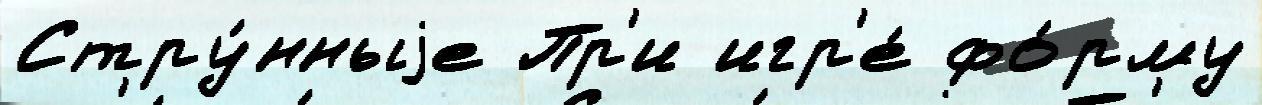
Стру́нныjе Пр'и игр'е́ фо́рму